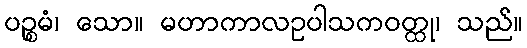
ပဉ္စမံ၊ သော။ မဟာကာလဥပါသကဝတ္ထု၊ သည်။